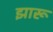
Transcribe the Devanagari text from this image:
झारू